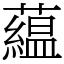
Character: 藴